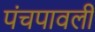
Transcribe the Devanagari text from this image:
पंचपावली